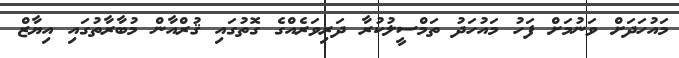
މައުހަދަށް ވަނުމަށް ފަހު މައުހަދު ތަމްސީލުކުރާ ދަރިވަރެއްގެ ގޮތުގައި ޤުރްއާން މުބާރާތުގައި އިޔާޒް